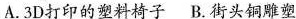
A.3D打印的塑料椅子B.街头铜雕塑